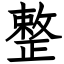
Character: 整